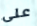
على